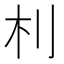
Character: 𣏀